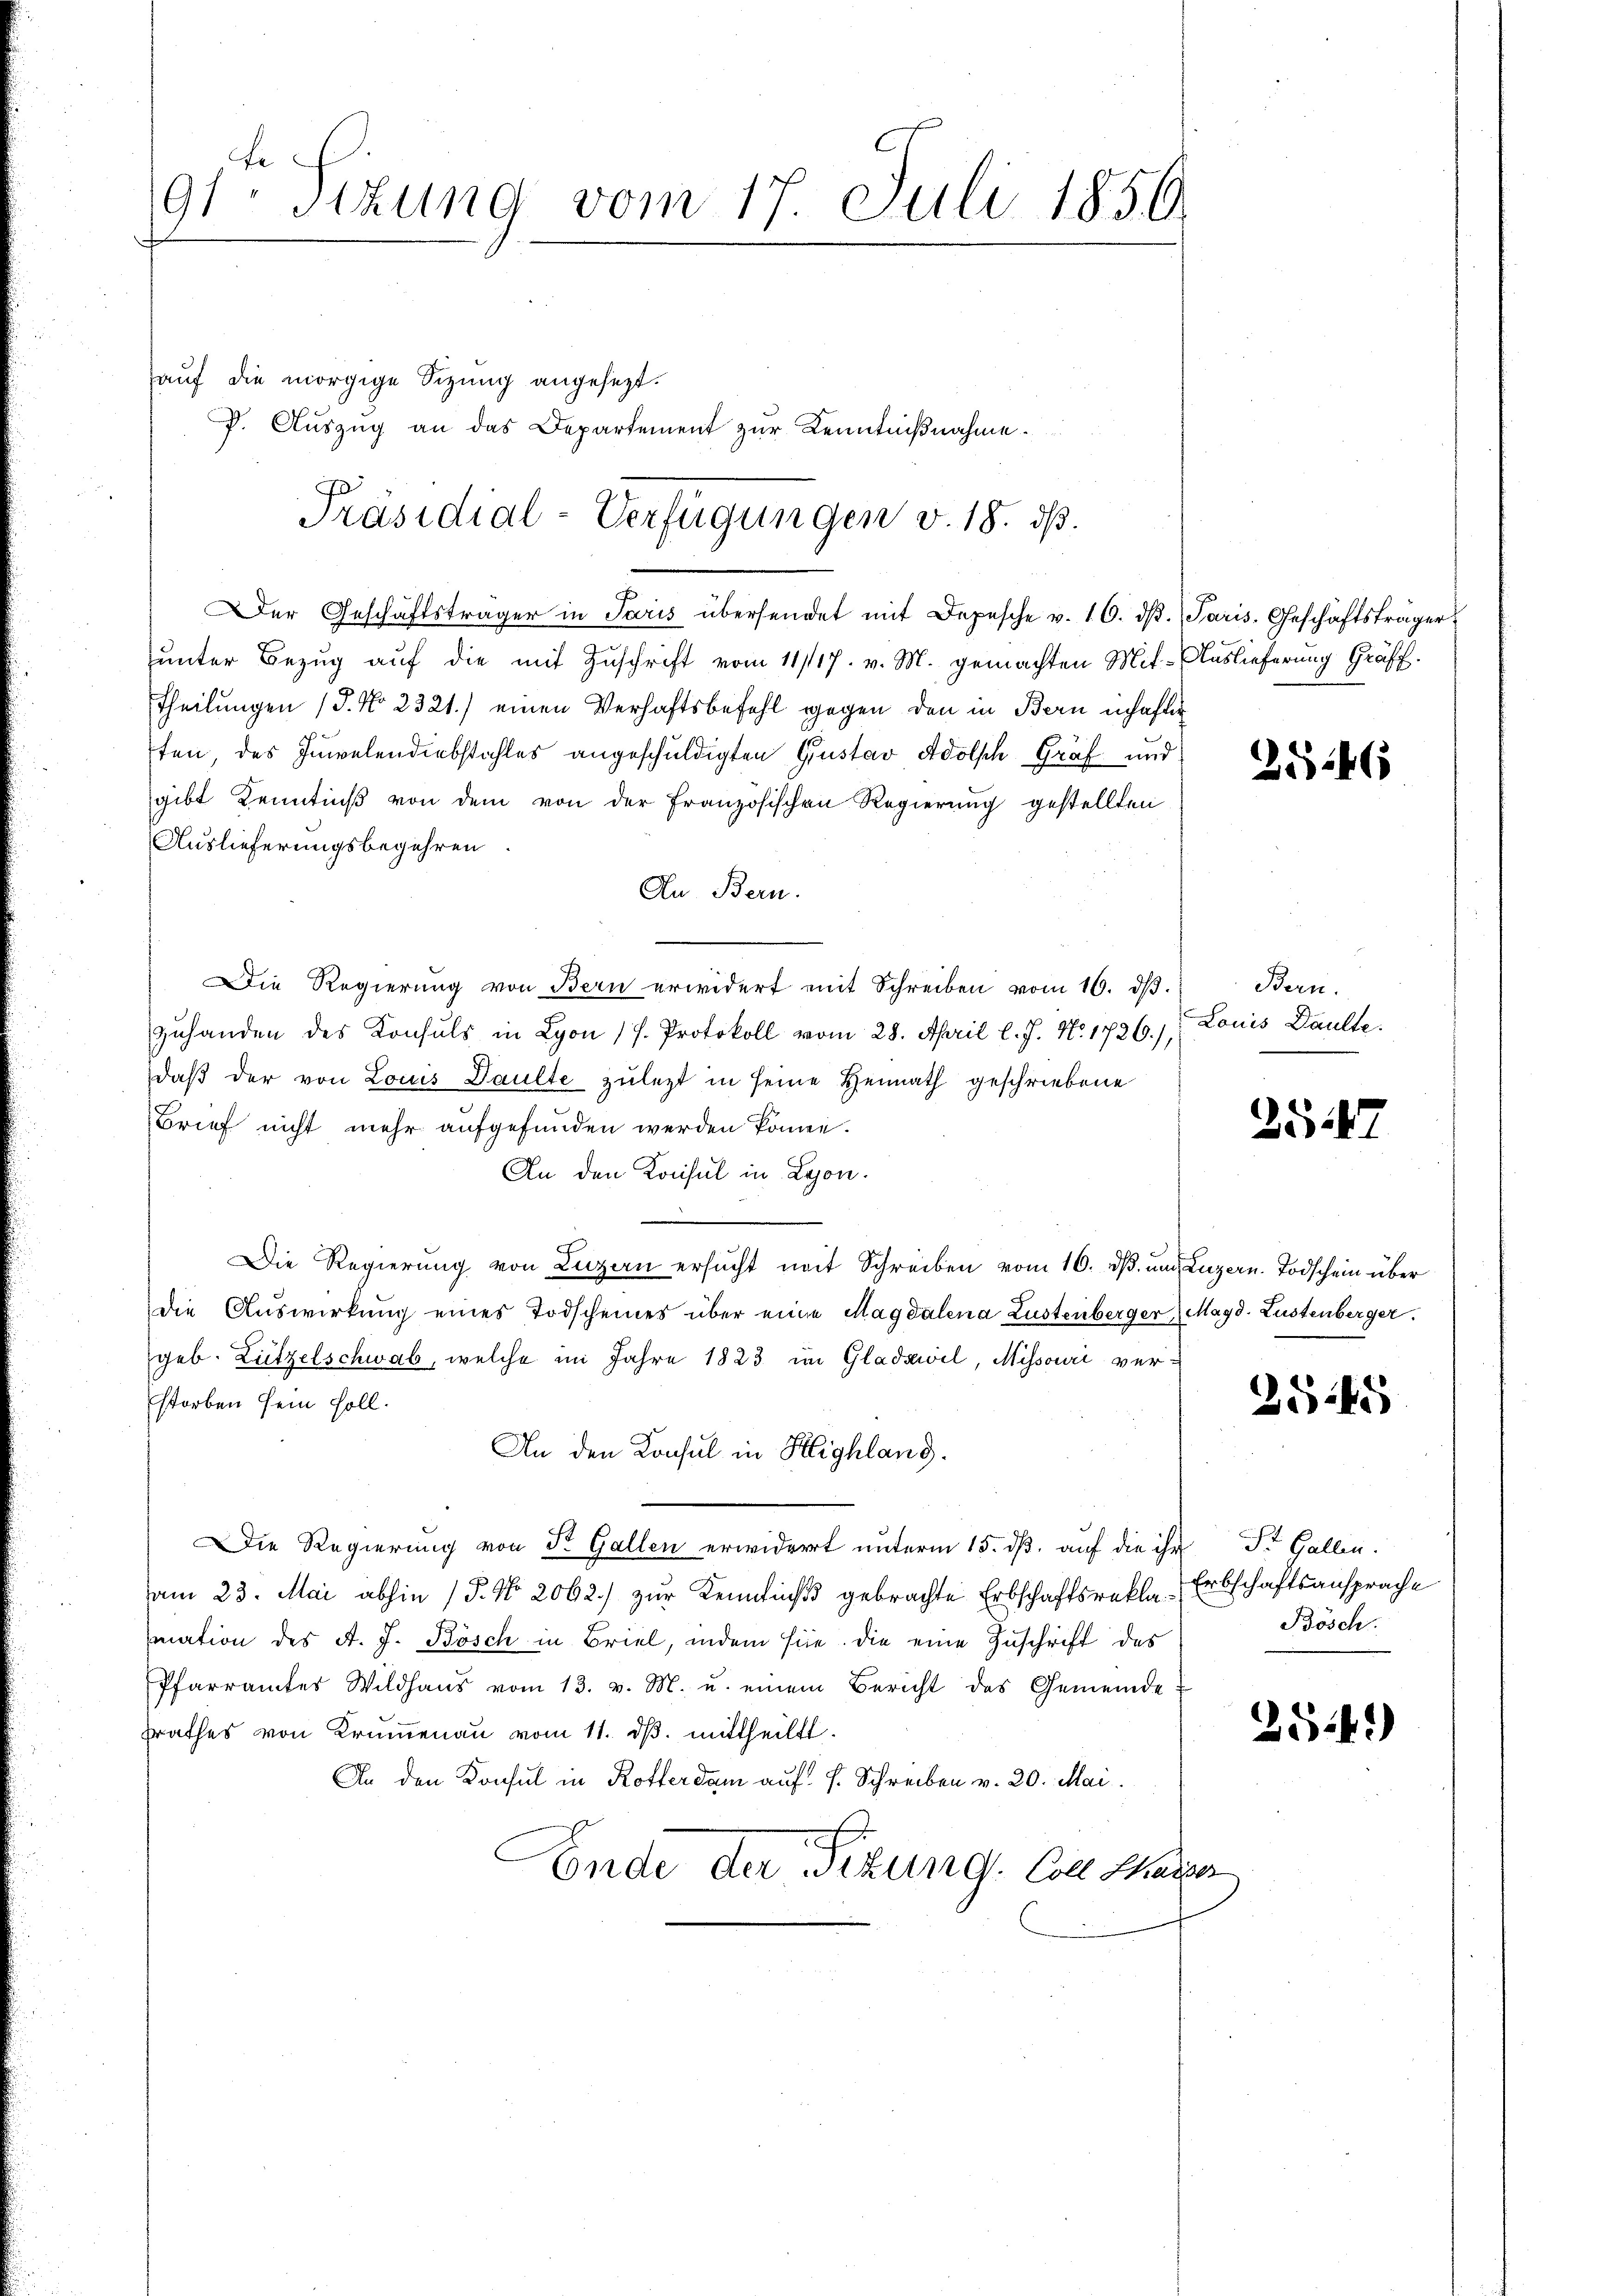
91 Sizung vom 17. Juli 1850.
e
e

auf die morgige Sitzung angesezt.
P. Auszug an das Departement zur Kenntnißnahme.

Präsidial-Verfügungen v. 18. ds.

Der Geschäftsträger in Paris übersendet mit Depesche v. 16. dβ. Paris, Geschäftsträger
unter Bezug auf die mit Zuschrift vom 11/117. v. M. gemachten Mit-Auslieferung Gräff.
Theilungen (S. No 2321.) einen Verhaftsbefehl gegen den in Bern inhafter
ten, des Invelendiebstahles angeschuldigten Gustav Adolsch Graf und
gibt Kenntniß von dem von der Französischen Regierung gestellten
Auslieferungsbegehren.
An Bern.
Die Regierŭng von Bern erwidert mit Schreiben vom 16. dβ. Bern.
Zuhanden des Konsuls in Lyon 17. Protokoll vom 28. April l. J. No. 1726),
daß der von Louis Daulte zulezt in seine Heimath geschriebene
Brief nicht mehr aufgefunden werden könne.
An den Konsul in Lyon.
e
Die Regierung von Luzern ersucht mit Schreiben vom 16. dß. und Luzern Todschein über
die Auswirkung eines Todscheines über eine Magdalena Lustenberger Magd. Lustenberger.
geb. Lützelschwab, welche im Jahre 1823 im Gladzwil, Missouri verstorben sein soll.
An den Konsul in Klighlang.
Die Regierung von St. Gallen erwidert unterm 15. dß. auf die ihr Dr. Gallen.
am 23. Mai abhin (T. No. 2062.) zŭr Kenntniβ gebrachte Erbschaftsrekte Erbschaftsansprache
mation des A. J. Bösch in Brief, indem sie. Die eine Zuschrift des
Pfarramtes Wildhaŭs vom 13. v. M. u. einem Bericht des Gemeinde
srathes von Krumenau vom 11. ds. mittheilt.
An den Konsul in Rotterdam auf f. Schreiben v. 20. Mai.
.
Ende der Sitzung. Coll Kaiser

Louis Daulte.

Bösch.

3546

354

2545

2541)